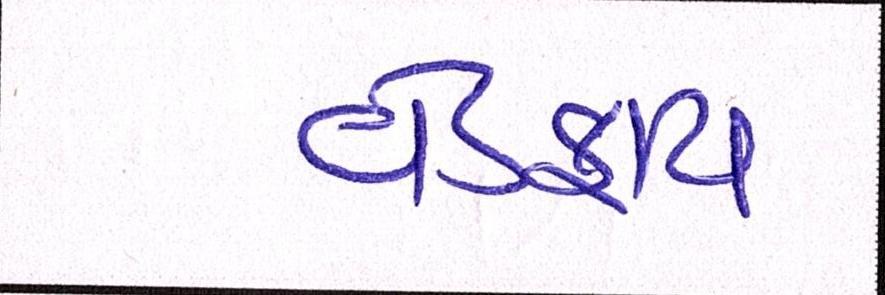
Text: વેડફાય